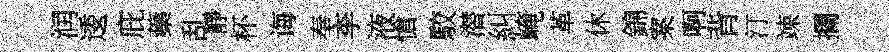
润逶庇蘃乱靜杯诲奉李液愴駮潜糾崦革休錦案啊背汀竦攔